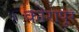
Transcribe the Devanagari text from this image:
कोरापूर